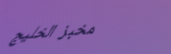
مخبز الخليج